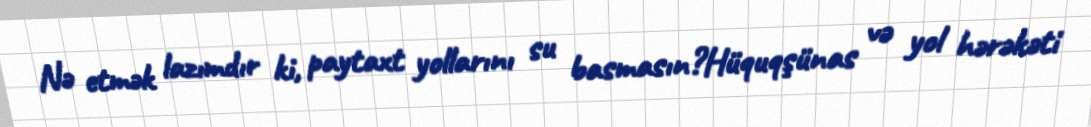
Nə etmək lazımdır ki, paytaxt yollarını su basmasın?Hüquqşünas və yol hərəkəti